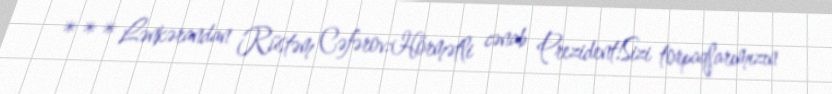
*** Lənkərandan Rüstəm Cəfərov:Hörmətli cənab Prezident!Sizi torpaqlarımızın